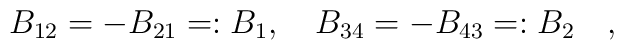
B_{12}=-B_{21}=:B_1, \quad B_{34}=-B_{43}=:B_2 \quad ,